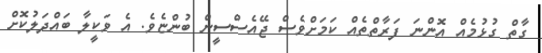
ގާތް ގުޅުމެއް އޮންނަ ފަރާތްތެއް ކަމަށްވެސް ޖޭއެސްސީން ބުންޏެވެ. އެ ވަކީލާ ބައްދަލުކޮށް